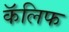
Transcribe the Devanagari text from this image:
कॅलिफ